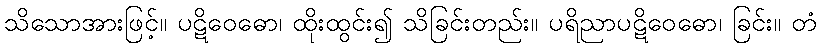
သိသောအားဖြင့်။ ပဋိဝေဓော၊ ထိုးထွင်း၍ သိခြင်းတည်း။ ပရိညာပဋိဝေဓော၊ ခြင်း။ တံ